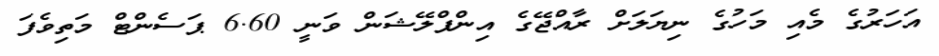
އަހަރުގެ މެއި މަހުގެ ނިޔަލަށް ރާއްޖޭގެ އިންފްލޭޝަން ވަނީ 6.60 ޕަސެންޓް މަތިވެފަ